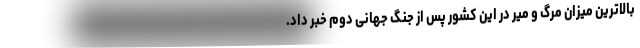
بالاترین میزان مرگ و میر در این کشور پس از جنگ جهانی دوم خبر داد.